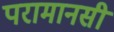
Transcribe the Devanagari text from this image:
परामानसी